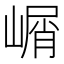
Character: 𰎰